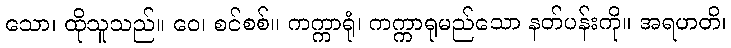
သော၊ ထိုသူသည်။ ဝေ၊ စင်စစ်။ ကက္ကာရုံ၊ ကက္ကာရုမည်သော နတ်ပန်းကို။ အရဟတိ၊